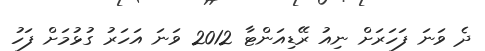
ދެ ވަނަ ފަހަރަށް ނިއު ރޭޑިއަންޓާ 2012 ވަނަ އަހަރު ގުޅުމަށް ފަހު